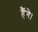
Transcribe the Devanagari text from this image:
हैंगे।